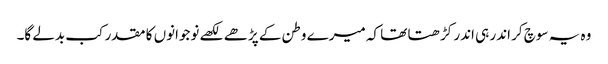
وہ یہ سوچ کر اندر ہی اندر کڑھتا تھا کہ میرے وطن کے پڑھے لکھے نوجوانوں کا مقدر کب بدلے گا۔